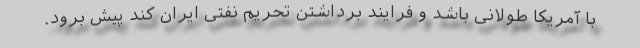
با آمریکا طولانی باشد و فرایند برداشتن تحریم نفتی ایران کند پیش برود.